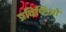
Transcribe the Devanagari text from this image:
प्रविष्टिओं